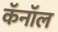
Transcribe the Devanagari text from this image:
कॅनाॅल